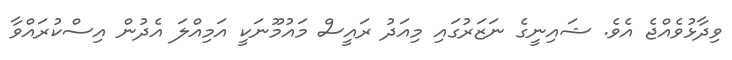
ވިދާޅުވެއްޖެ އެވެ. ޝައިނީގެ ނަޒަރުގައި މިއަދު ރައީސް މައުމޫނަކީ އަމިއްލަ އެދުން އިސްކުރައްވާ